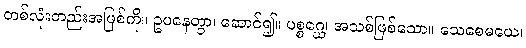
တစ်လုံးတည်းအဖြစ်ကို။ ဥပနေတွာ၊ ဆောင်၍။ ပစ္စဂ္ဃေ၊ အသစ်ဖြစ်သော။ သေစေမယေ၊